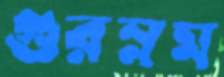
গুরম্নম